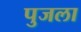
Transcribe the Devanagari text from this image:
पुजला